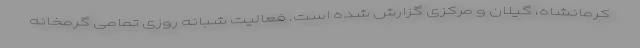
کرمانشاه، گیلان و مرکزی گزارش شده است. فعالیت شبانه روزی تمامی گرمخانه